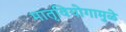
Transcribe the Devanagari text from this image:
मातृवियोगामुळे